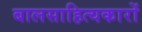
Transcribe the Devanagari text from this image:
बालसाहित्‍यकारों